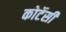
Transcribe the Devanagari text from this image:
कोर्टेसी